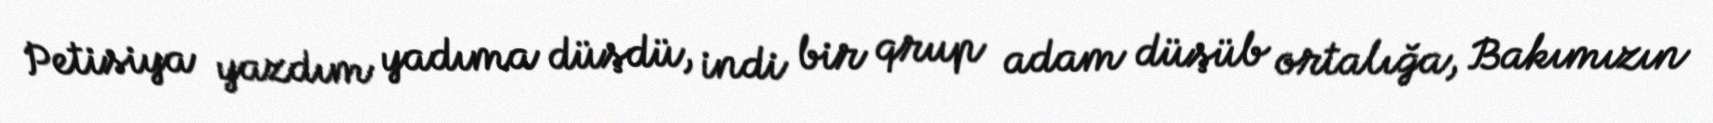
Petisiya yazdım yadıma düşdü, indi bir qrup adam düşüb ortalığa, Bakımızın